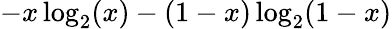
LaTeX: -x\log_{2}(x)-(1-x)\log_{2}(1-x)